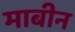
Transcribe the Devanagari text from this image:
माबीन